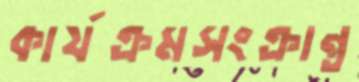
কার্যক্রমসংক্রান্ত